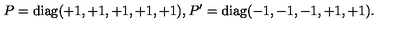
P = \mathrm { d i a g } ( + 1 , + 1 , + 1 , + 1 , + 1 ) , P ^ { \prime } = \mathrm { d i a g } ( - 1 , - 1 , - 1 , + 1 , + 1 ) . \,